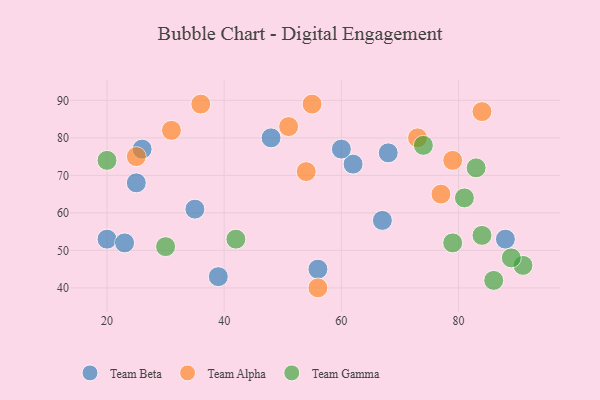
{"axis": {"x": "GDP", "y": "Life Expectancy"}, "legend": ["Team Alpha", "Team Beta", "Team Gamma"], "data": [{"x": "88", "y": 53, "type": "Team Beta"}, {"x": "25", "y": 68, "type": "Team Beta"}, {"x": "20", "y": 53, "type": "Team Beta"}, {"x": "48", "y": 80, "type": "Team Beta"}, {"x": "35", "y": 61, "type": "Team Beta"}, {"x": "39", "y": 43, "type": "Team Beta"}, {"x": "68", "y": 76, "type": "Team Beta"}, {"x": "62", "y": 73, "type": "Team Beta"}, {"x": "60", "y": 77, "type": "Team Beta"}, {"x": "23", "y": 52, "type": "Team Beta"}, {"x": "67", "y": 58, "type": "Team Beta"}, {"x": "56", "y": 45, "type": "Team Beta"}, {"x": "26", "y": 77, "type": "Team Beta"}, {"x": "84", "y": 87, "type": "Team Alpha"}, {"x": "54", "y": 71, "type": "Team Alpha"}, {"x": "31", "y": 82, "type": "Team Alpha"}, {"x": "56", "y": 40, "type": "Team Alpha"}, {"x": "79", "y": 74, "type": "Team Alpha"}, {"x": "73", "y": 80, "type": "Team Alpha"}, {"x": "25", "y": 75, "type": "Team Alpha"}, {"x": "51", "y": 83, "type": "Team Alpha"}, {"x": "36", "y": 89, "type": "Team Alpha"}, {"x": "55", "y": 89, "type": "Team Alpha"}, {"x": "77", "y": 65, "type": "Team Alpha"}, {"x": "79", "y": 52, "type": "Team Gamma"}, {"x": "91", "y": 46, "type": "Team Gamma"}, {"x": "42", "y": 53, "type": "Team Gamma"}, {"x": "89", "y": 48, "type": "Team Gamma"}, {"x": "30", "y": 51, "type": "Team Gamma"}, {"x": "74", "y": 78, "type": "Team Gamma"}, {"x": "86", "y": 42, "type": "Team Gamma"}, {"x": "84", "y": 54, "type": "Team Gamma"}, {"x": "83", "y": 72, "type": "Team Gamma"}, {"x": "81", "y": 64, "type": "Team Gamma"}, {"x": "20", "y": 74, "type": "Team Gamma"}]}